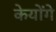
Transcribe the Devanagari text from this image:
केयोंगे